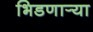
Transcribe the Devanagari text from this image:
भिडणार्‍या